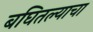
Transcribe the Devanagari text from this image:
बघितल्याचा